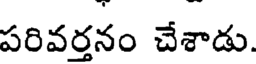
పరివర్తనం చేశాడు.